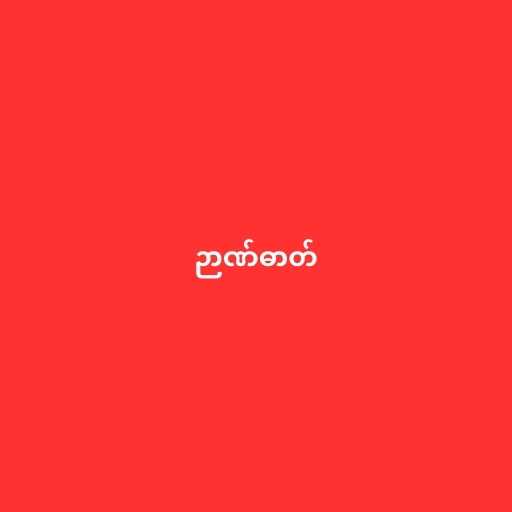
ဉာဏ်ဓာတ်